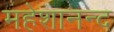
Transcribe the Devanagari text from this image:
महेशानन्द